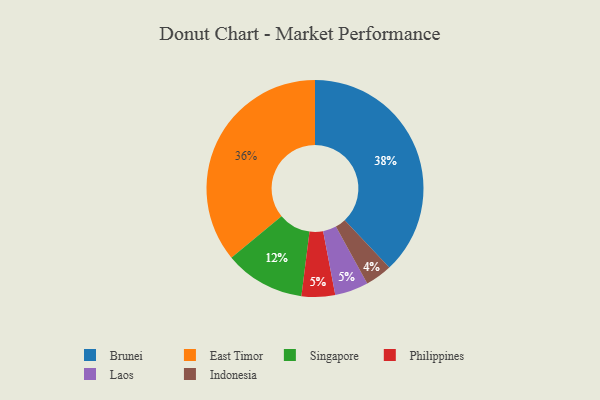
{"axis": {"x": "Category", "y": "Percentage"}, "legend": ["Brunei", "East Timor", "Indonesia", "Laos", "Philippines", "Singapore"], "data": [{"x": "Philippines", "y": 5, "type": "Philippines"}, {"x": "Indonesia", "y": 4, "type": "Indonesia"}, {"x": "Singapore", "y": 12, "type": "Singapore"}, {"x": "Laos", "y": 5, "type": "Laos"}, {"x": "East Timor", "y": 36, "type": "East Timor"}, {"x": "Brunei", "y": 38, "type": "Brunei"}]}